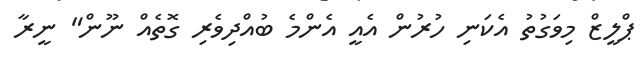
ޕްލީޒް މިވަގުތު އެކަނި ހުރުން އެއީ އެންމެ ބުއްދިވެރި ގޮތެއް ނޫން" ނީރާ